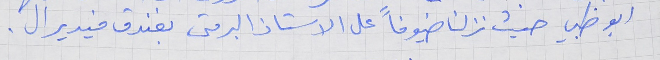
ابو ظبي حيث نزلنا ضيوفاً على الاستاذ البر متى بفندق فيديرال .